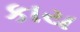
કાય